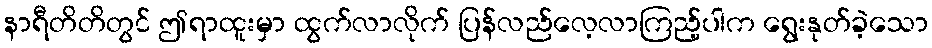
နာရီတိတိတွင် ဤရာထူးမှာ ထွက်လာလိုက် ပြန်လည်လေ့လာကြည့်ပါက ရွေးနုတ်ခဲ့သော